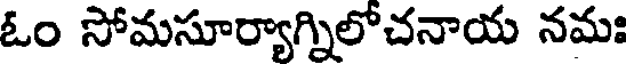
ఓం సోమసూర్యాగ్నిలోచనాయ నమః